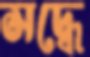
সদ্ধে